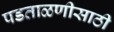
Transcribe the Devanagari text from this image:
पडताळणीसाठी